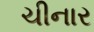
ચીનાર